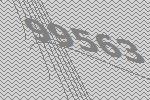
99563